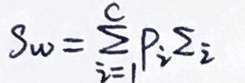
\(S w = \sum _ { i = 1 } ^ { c } P _ { i } \sum _ { i }\)